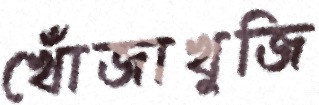
খোঁজাখুজি